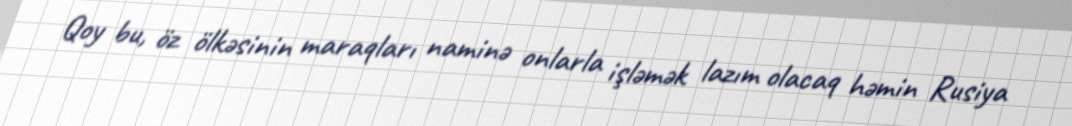
Qoy bu, öz ölkəsinin maraqları naminə onlarla işləmək lazım olacaq həmin Rusiya